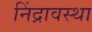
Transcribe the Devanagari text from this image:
निंद्रावस्था